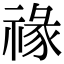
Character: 禒